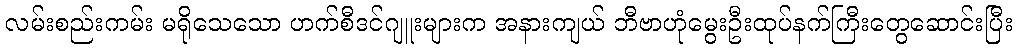
လမ်းစည်းကမ်း မရိုသေသော ဟက်စီဒင်ဂျူးများက အနားကျယ် ဘီဗာဟုံမွေးဦးထုပ်နက်ကြီးတွေဆောင်းပြီး